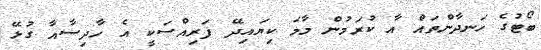
ބޯޓުގެ ހަނދާންތައް އާ ކުރަމުން މާމަ ކިޔައިދޭ ފަރިއްސަކީ އެ ހާދިސާއާ ގުޅޭ